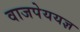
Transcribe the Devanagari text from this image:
वाजपेययज्ञ